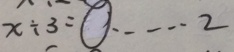
x \div 3 = 0 \cdots 2